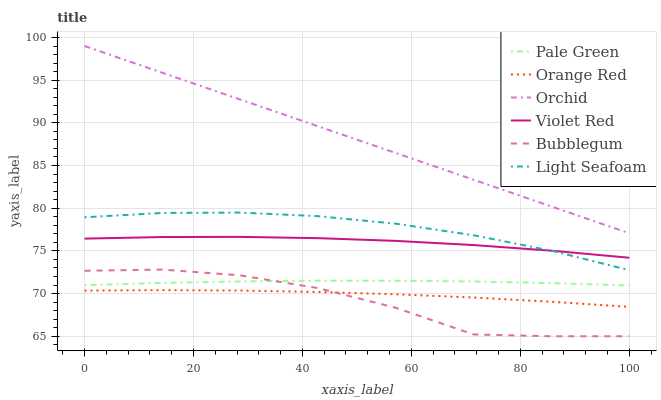
| xaxis_label | Pale Green | Orange Red | Orchid | Violet Red | Bubblegum | Light Seafoam |
 | --- | --- | --- | --- | --- | --- | --- |
 | 0 | 71 | 70.3 | 99 | 76.4 | 72.7 | 78.9 |
 | 14.3 | 71.3 | 70.4 | 95.9 | 76.6 | 72.8 | 79.4 |
 | 28.6 | 71.4 | 70.4 | 92.7 | 76.6 | 72.1 | 79.5 |
 | 42.9 | 71.5 | 70.2 | 89.6 | 76.5 | 70.6 | 79.1 |
 | 57.1 | 71.5 | 69.9 | 86.5 | 76.2 | 68.3 | 78.2 |
 | 71.4 | 71.4 | 69.5 | 83.3 | 75.7 | 65.2 | 76.8 |
 | 85.7 | 71.2 | 69 | 80.2 | 75 | 65 | 75 |
 | 100 | 71 | 68.4 | 77.1 | 74.2 | 65 | 72.7 |